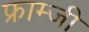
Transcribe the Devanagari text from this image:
फ्राम्जी